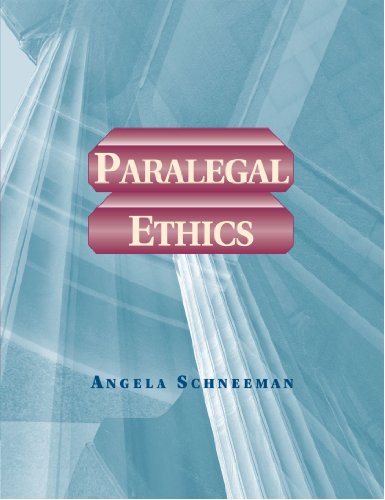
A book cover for Paralegal Ethics (Paralegal Series); Angela Schneeman; Law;